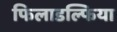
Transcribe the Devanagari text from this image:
फिलाडल्फिया